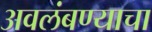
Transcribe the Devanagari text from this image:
अवलंबण्याचा